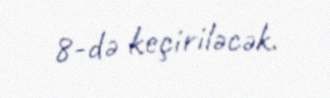
8-də keçiriləcək.